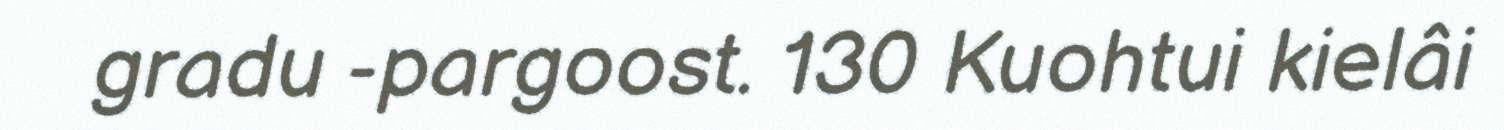
gradu -pargoost. 130 Kuohtui kielâi